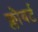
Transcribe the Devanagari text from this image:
फ्लौबर्ट